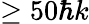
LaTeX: \ge 50\hbar k